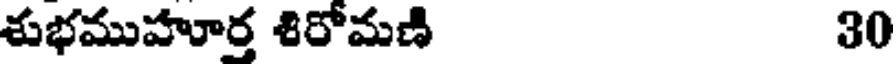
శుభముహూర్త శిరోమణి 30